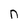
Character: n